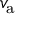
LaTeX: v _ { \mathrm { a } }